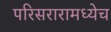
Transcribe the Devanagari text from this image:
परिसरारामध्येच